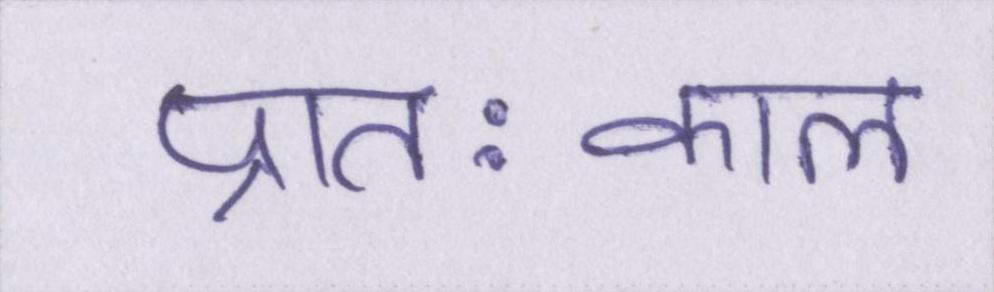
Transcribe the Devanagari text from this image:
प्रातःकाल